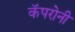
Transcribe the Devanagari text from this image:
कॅपरोनी